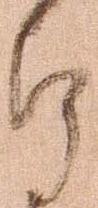
郎